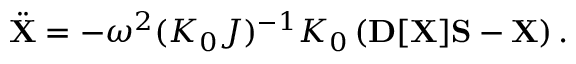
{ \displaystyle { \ddot { \bf X } } = - \omega ^ { 2 } ( { \cal K } _ { 0 } { \cal J } ) ^ { - 1 } { \cal K } _ { 0 } \left( { \bf D } [ { \bf X } ] { \bf S } - { \bf X } \right) . }